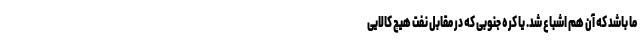
ما باشد که آن هم اشباع شد. یا کره جنوبی که در مقابل نفت هیچ کالایی